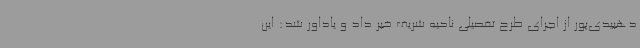
دهبیدی‌پور از اجرای طرح تفصیلی ناحیه شریف خبر داد و یاداور شد: این